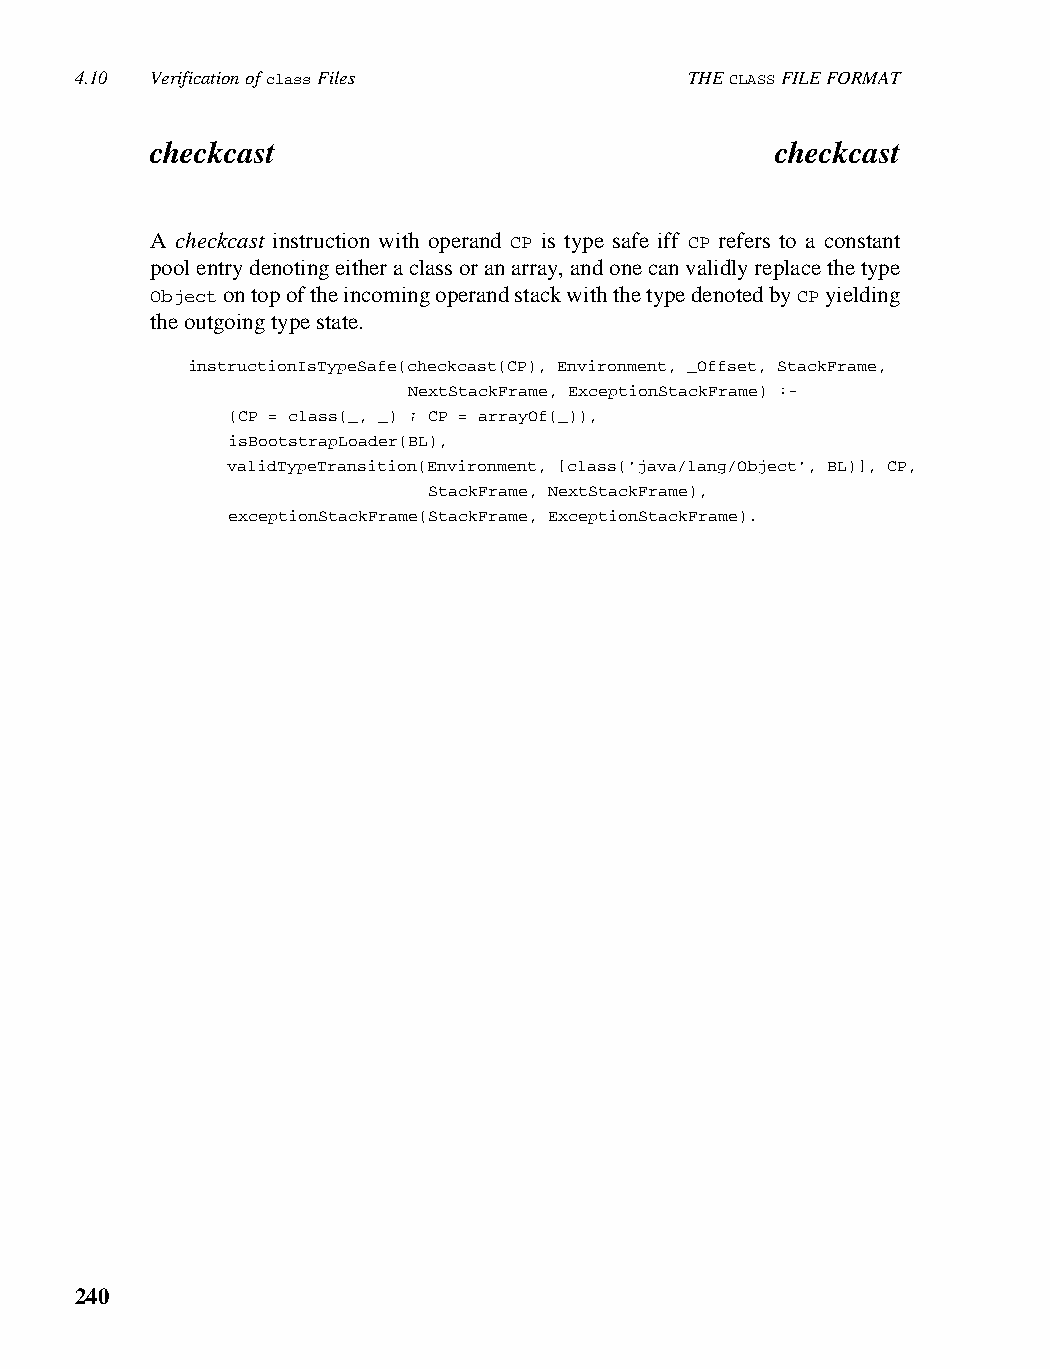
4.10 Verification of class Files         THE CLASS FILE FORMAT
 checkcast                                checkcast
 A checkcast instruction with operand CP is type safe iff CP refers to a constant
 pool entry denoting either a class or an array, and one can validly replace the type
 Object on top of the incoming operand stack with the type denoted by CP yielding
 the outgoing type state.
 instructionIsTypeSafe(checkcast(CP), Environment, _Offset, StackFrame,
 NextStackFrame, ExceptionStackFrame) :-
 (CP = class(_, _) ; CP = arrayOf(_)),
 isBootstrapLoader(BL),
 validTypeTransition(Environment, [class('java/lang/Object', BL)], CP,
 StackFrame, NextStackFrame),
 exceptionStackFrame(StackFrame, ExceptionStackFrame).
 240